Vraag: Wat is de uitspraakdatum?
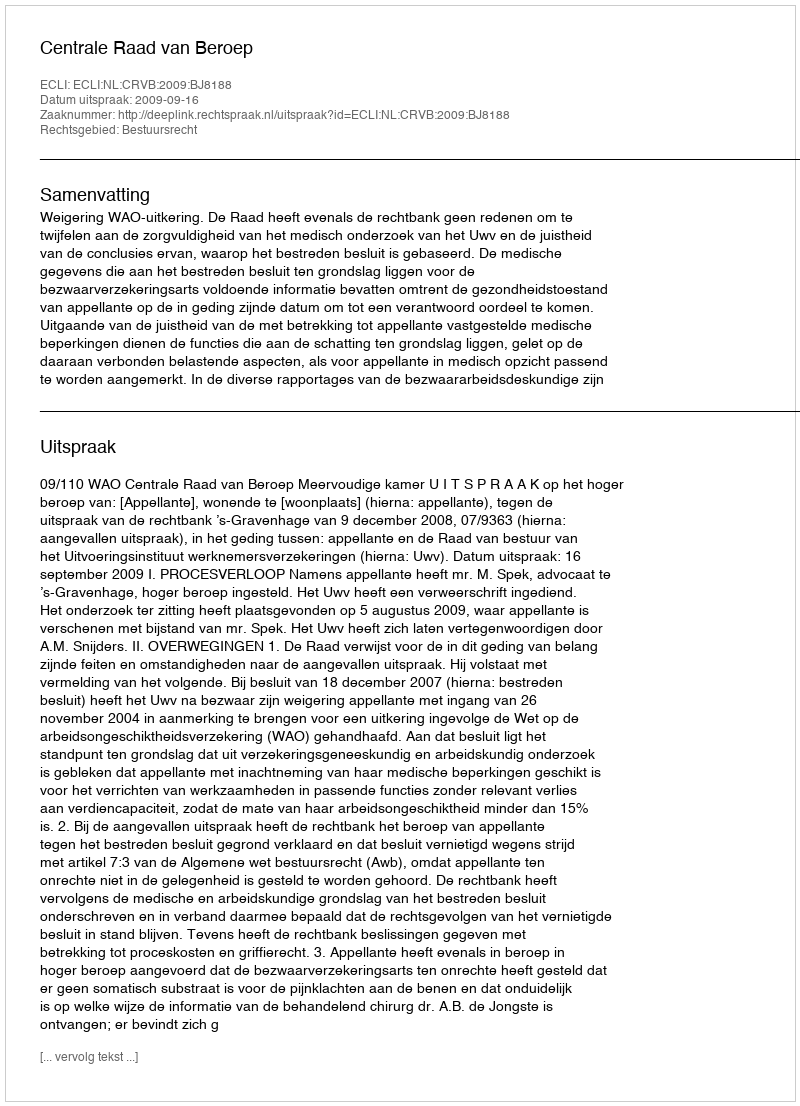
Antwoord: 2009-09-16